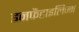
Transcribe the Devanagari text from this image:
इनफैंटाइलिज्म